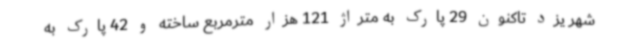
شهر یزد تاکنون 29 پارک به متراژ 121 هزار مترمربع ساخته و 42 پارک به